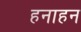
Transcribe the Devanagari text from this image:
हनाहन